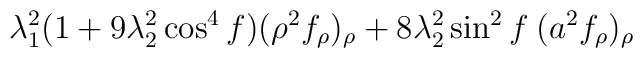
\lambda_1^2 (1+9\lambda_2^2 \cos^4 f)(\rho^2 f_{\rho})_{\rho} +8\lambda_2^2 \sin^2 f \: (a^2 f_{\rho})_{\rho}